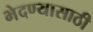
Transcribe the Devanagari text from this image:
भेदण्यासाठी